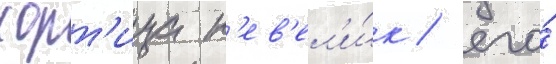
хорт'ица н'ев'ел'и́к / его́